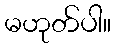
မဟုတ်ပါ။